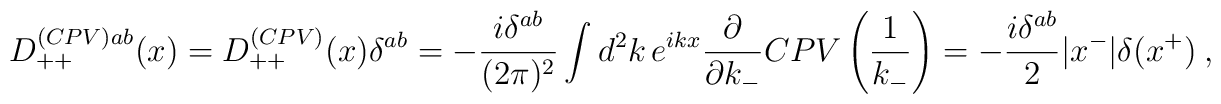
D_{++}^{(CPV)ab}(x)=D_{++}^{(CPV)}(x)\delta^{ab} = - {i\delta^{ab}\over (2\pi)^2} \int d^2k\,e^{ikx} {\partial\over \partial k_-} CPV\left({1\over k_-}\right)=-{i\delta^{ab}\over 2} |x^-|\delta(x^+)\ ,